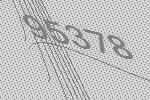
95378